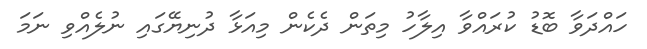
ހައްދަވާ ބޮޑު ކުރައްވާ އިލާހު މިތަން ދެކެން މިއަޅާ ދުނިޔޭގައި ނުލެއްވި ނަމަ